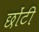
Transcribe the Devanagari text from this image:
छोंटी